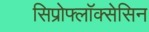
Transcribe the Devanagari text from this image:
सिप्रोफ्लॉक्सेसिन